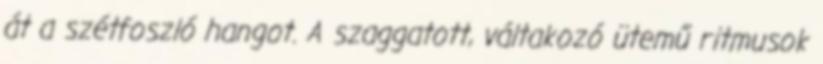
át a szétfoszló hangot. A szaggatott, váltakozó ütemű ritmusok